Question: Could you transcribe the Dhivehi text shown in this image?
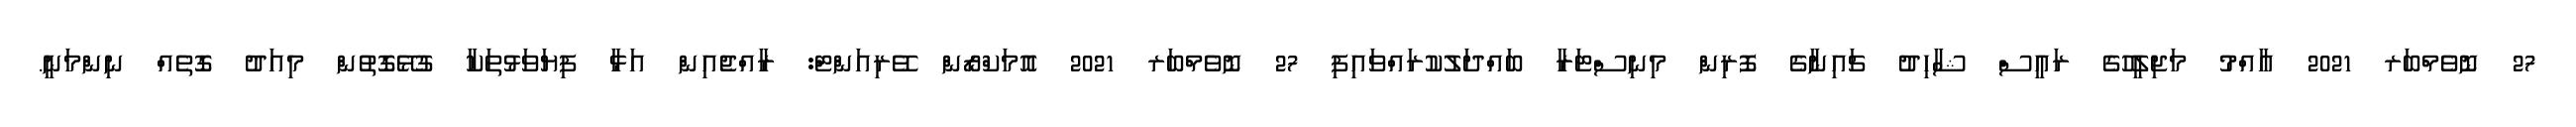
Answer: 27 ނޮވެމްބަރ 2021 އާއްމު މަޖިލީހުގެ ރައީސް ޝާހިދު ޗައިނާގެ ފޮރިން މިނިސްޓަރާ ބައްދަލުކުރައްވައިފި 27 ނޮވެމްބަރ 2021 އޮމަކްރޯން ވޭރިއަންޓް: ރާއްޖެއިން އަޅާ ފިޔަވަޅުތަކާ ގުޅޭގޮތުން މިއަދު ގޮތެއް ނިންމަނީ.